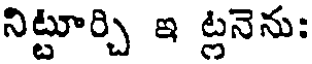
నిట్టూర్చి ఇ ట్లనెను: